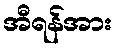
အီရန်အား